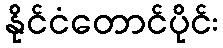
နိုင်ငံတောင်ပိုင်း